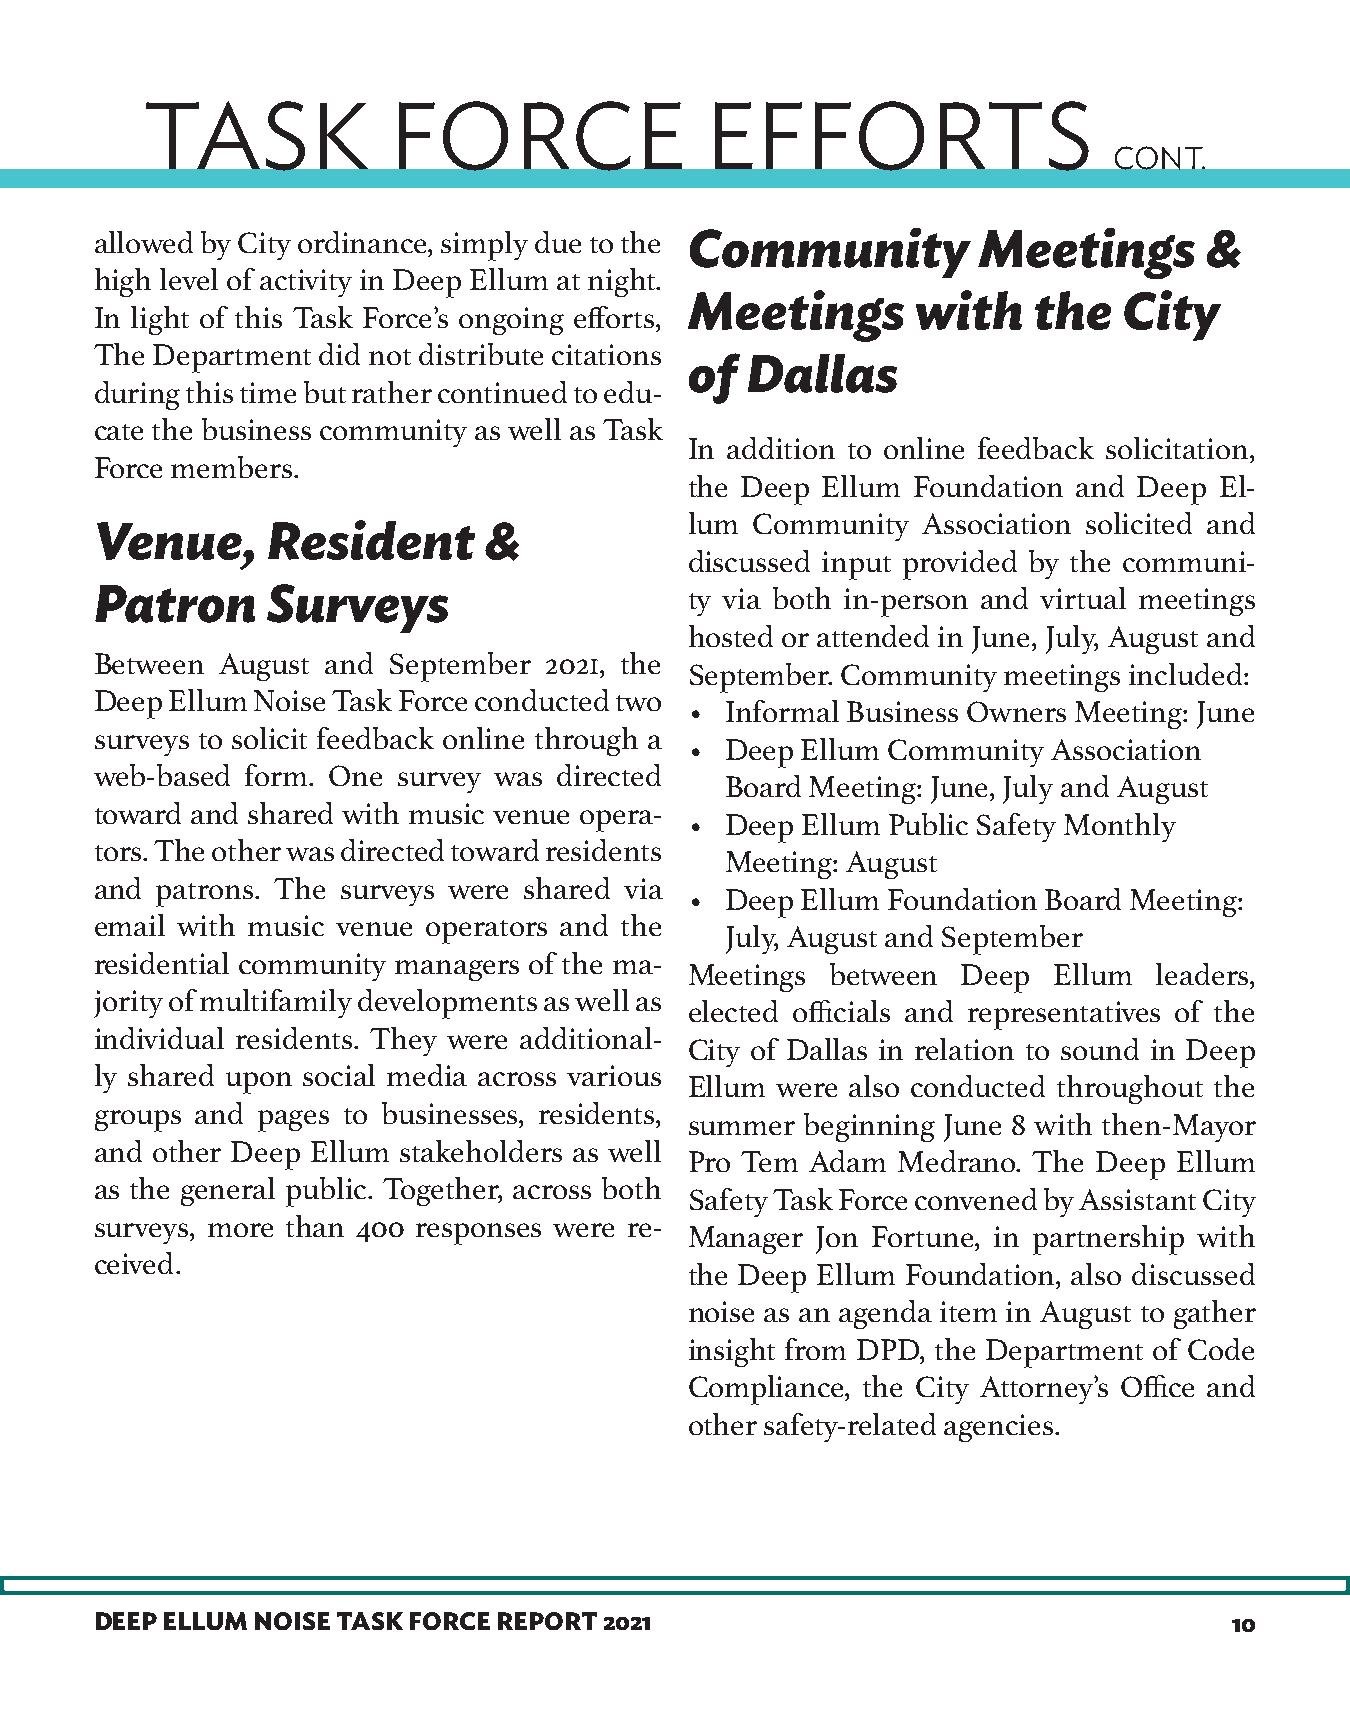
TASK             FORCE                EFFORTS
 CONT.
 allowed by City ordinance, simply due to the Community     Meetings       &
 high level of activity in Deep Ellum at night.
 Meetings       with   the   City
 In light of this Task Force’s ongoing efforts,
 The Department did not distribute citations
 of Dallas
 during this time but rather continued to edu-
 cate the business community as well as Task
 In addition to online feedback solicitation,
 Force members.
 the Deep Ellum Foundation and Deep El-
 lum Community  Association solicited and
 Venue,      Resident      &
 discussed input provided by the communi-
 Patron      Surveys                     ty via both in-person and virtual meetings
 hosted or attended in June, July, August and
 Between August  and September 2021, the
 September. Community meetings included:
 Deep Ellum Noise Task Force conducted two
 • Informal Business Owners Meeting: June
 surveys to solicit feedback online through a
 • Deep Ellum Community  Association
 web-based form. One survey was directed
 Board Meeting: June, July and August
 toward and shared with music venue opera-
 • Deep Ellum Public Safety Monthly
 tors. The other was directed toward residents
 Meeting: August
 and patrons. The surveys were shared via
 • Deep Ellum Foundation Board Meeting:
 email with music venue operators and the
 July, August and September
 residential community managers of the ma-
 Meetings between  Deep  Ellum  leaders,
 jority of multifamily developments as well as
 elected officials and representatives of the
 individual residents. They were additional-
 City of Dallas in relation to sound in Deep
 ly shared upon social media across various
 Ellum were also conducted throughout the
 groups and pages to businesses, residents,
 summer beginning June 8 with then-Mayor
 and other Deep Ellum stakeholders as well
 Pro Tem Adam Medrano. The  Deep Ellum
 as the general public. Together, across both
 Safety Task Force convened by Assistant City
 surveys, more than 400 responses were re-
 Manager Jon Fortune, in partnership with
 ceived.
 the Deep Ellum Foundation, also discussed
 noise as an agenda item in August to gather
 insight from DPD, the Department of Code
 Compliance, the City Attorney’s Office and
 other safety-related agencies.
 DEEP ELLUM NOISE TASK FORCE REPORT 2021                                     10